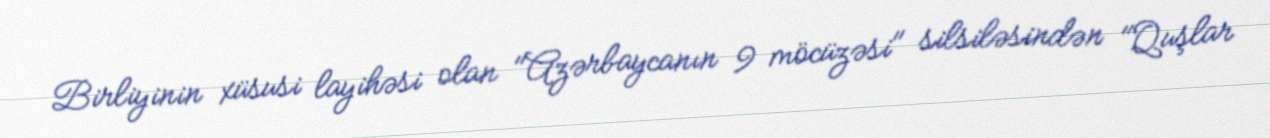
Birliyinin xüsusi layihəsi olan "Azərbaycanın 9 möcüzəsi" silsiləsindən "Quşlar